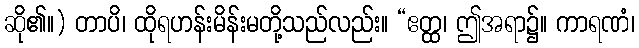
ဆို၏။) တာပိ၊ ထိုရဟန်းမိန်းမတို့သည်လည်း။ “ဧတ္ထ၊ ဤအရာ၌။ ကာရဏံ၊